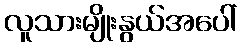
လူသားမျိုးနွယ်အပေါ်